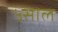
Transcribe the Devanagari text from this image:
५साल